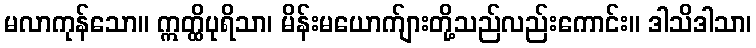
မလာကုန်သော။ ဣတ္ထိပုရိသာ၊ မိန်းမယောက်ျားတို့သည်လည်းကောင်း။ ဒါသိဒါသာ၊